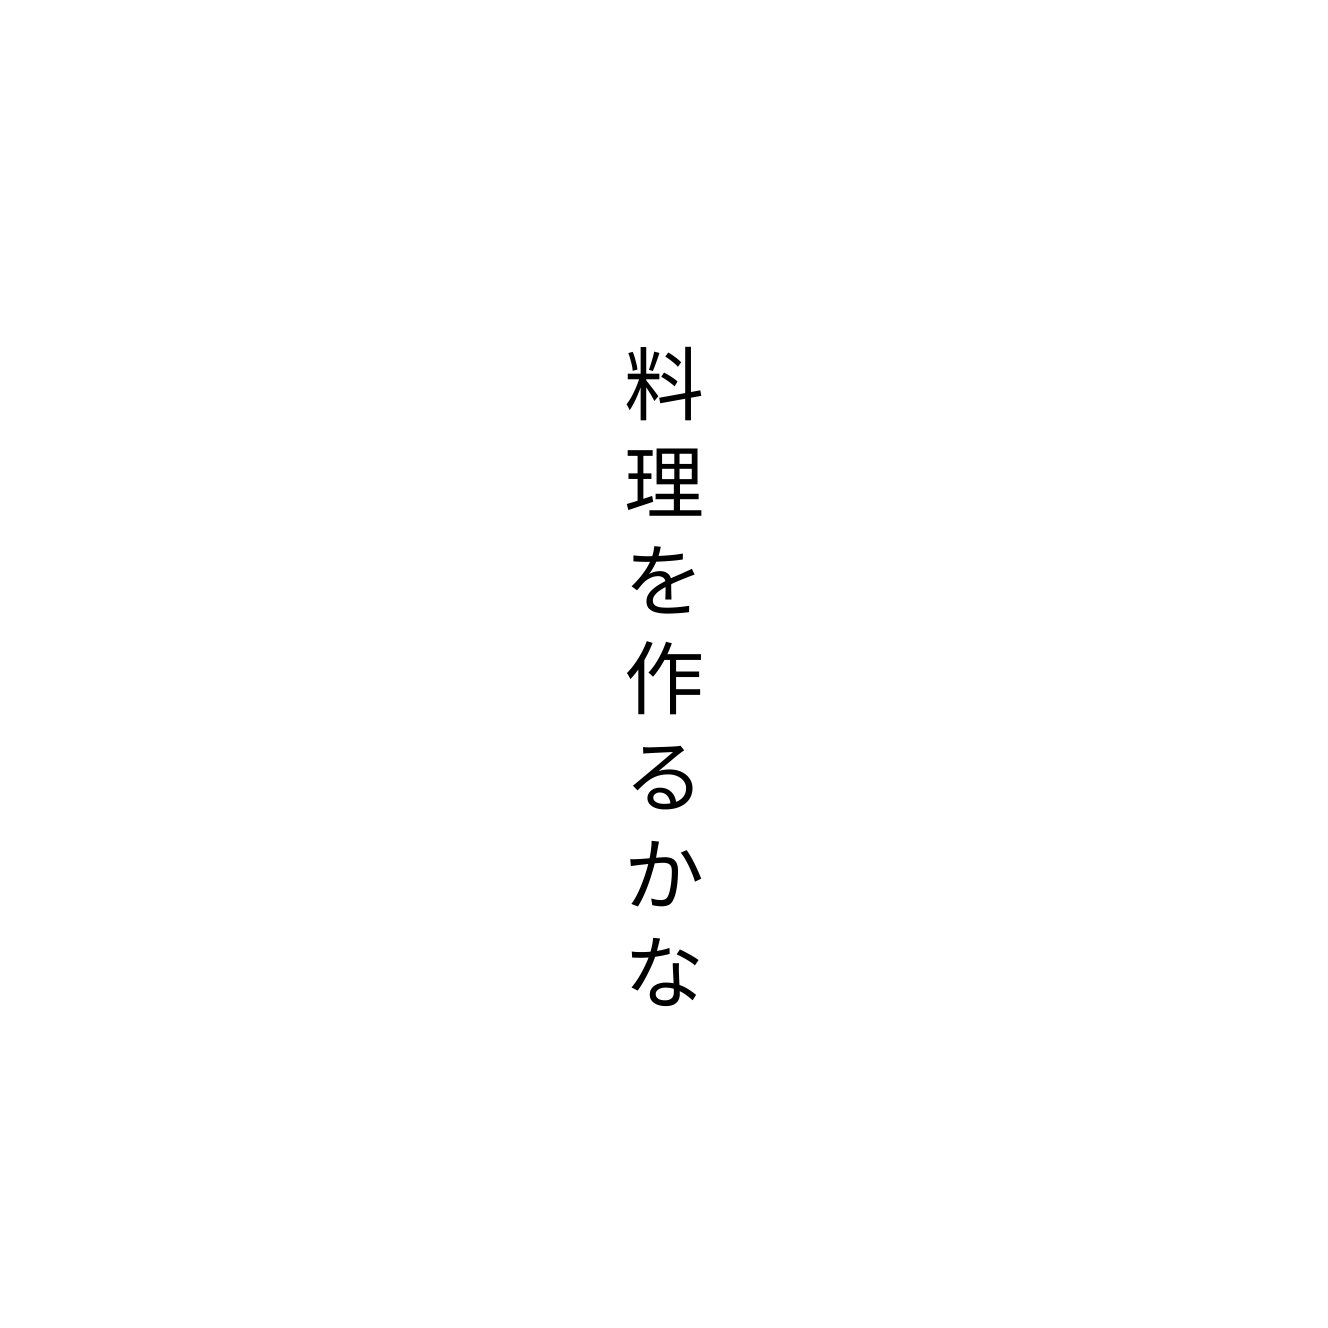
料理を作るかな